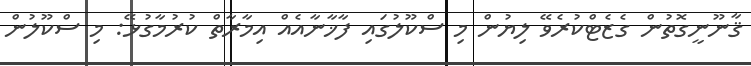
ޤާނޫނީގޮތުން ގެޒެޓްކުރެވޭ ލިޔުން މި ސްކޫލުގައި ފާޚާނާއެއް އިމާރާތް ކުރުމާގުޅޭ: މި ސްކޫލުން